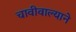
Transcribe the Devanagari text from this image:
चावीवाल्याने